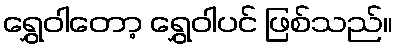
ရွှေဝါတော့ ရွှေဝါပင် ဖြစ်သည်။